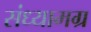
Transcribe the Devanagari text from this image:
संध्यामग्र